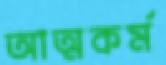
আত্মকর্ম